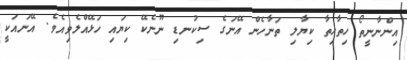
އިންނާނީތޯ ހިތާހިތާ ކިޔާލި ތަނާހެން އޭނަގެ ސިކުނޑި ނޫނެކޭ ކިޔައި ހަޅޭއްލެވިއެވެ. އޭނައަކީ